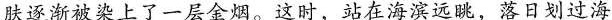
肤逐渐被柒上了一层金烟。这时，站在海滨远眺，落日划过海